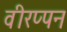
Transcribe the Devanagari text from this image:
वीरप्पन